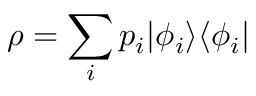
\rho = \sum _ { i } p _ { i } | \phi _ { i } \rangle \langle \phi _ { i } |